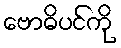
ဗောဓိပင်ကို